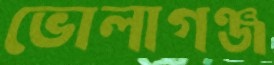
ভোলাগঞ্জ